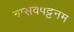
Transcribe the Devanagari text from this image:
बासवपट्टनम